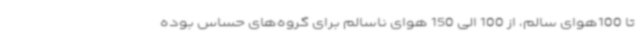
تا 100هوای سالم، از 100 الی 150 هوای ناسالم برای گروه‌های حساس بوده